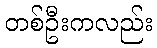
တစ်ဦးကလည်း